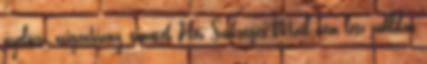
nyelőcső, oxigénhiány, tünetek Név Szükséges Mail nem lesz publikus